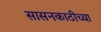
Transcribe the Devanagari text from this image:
सासनकाठीच्या